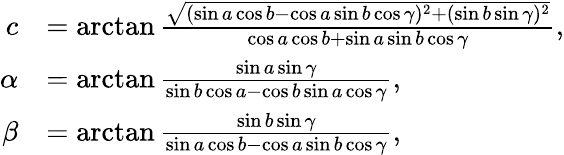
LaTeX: {\begin{array}{rl}{c}&{=\arctan{\frac{\sqrt{(\sin a\cos b-\cos a\sin b\cos\gamma)^{2}+(\sin b\sin\gamma)^{2}}}{\cos a\cos b+\sin a\sin b\cos\gamma}},}\\ {\alpha}&{=\arctan{\frac{\sin a\sin\gamma}{\sin b\cos a-\cos b\sin a\cos\gamma}},}\\ {\beta}&{=\arctan{\frac{\sin b\sin\gamma}{\sin a\cos b-\cos a\sin b\cos\gamma}},}\end{array}}